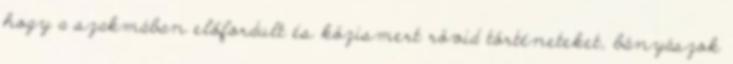
hogy a szakmában előfordult és közismert rövid történeteket, bányászok